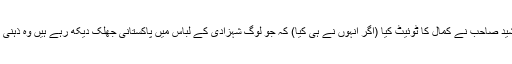
ہارون رشید صاحب نے کمال کا ٹوئیٹ کیا (اگر انہوں نے ہی کیا) کہ جو لوگ شہزادی کے لباس میں پاکستانی جھلک دیکھ رہے ہیں وہ ذہنی غلام ہیں۔